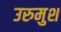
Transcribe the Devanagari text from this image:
उरुमुश